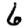
Digit: 6